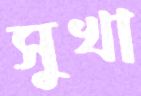
সুখা